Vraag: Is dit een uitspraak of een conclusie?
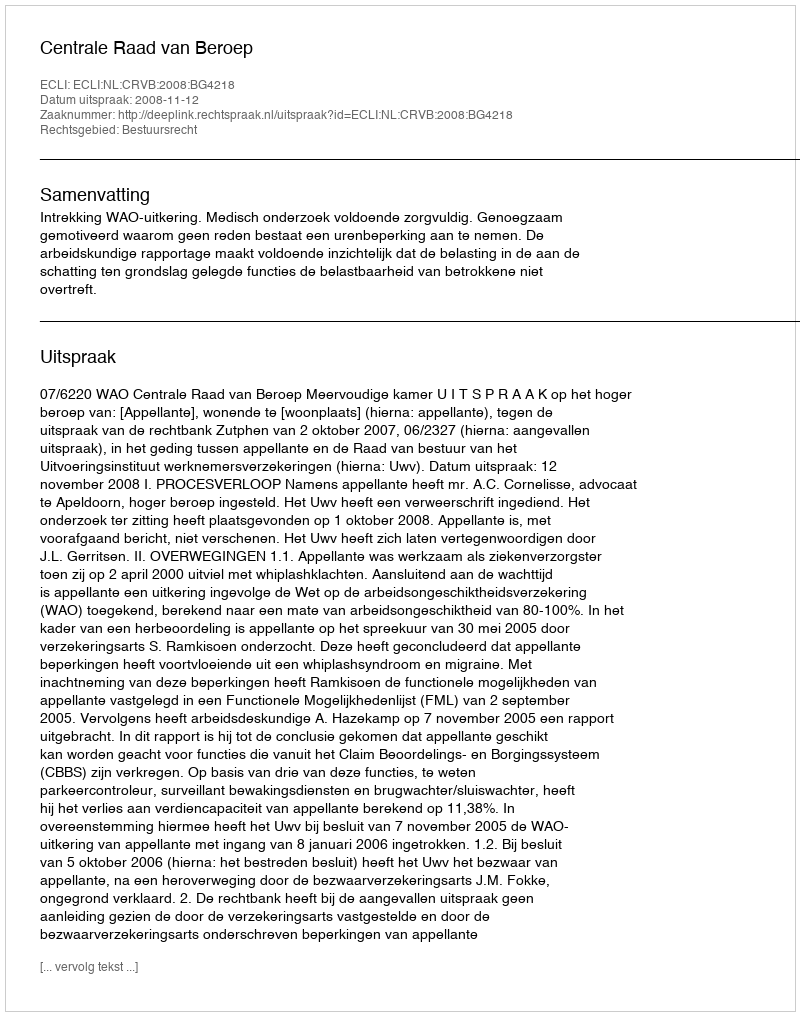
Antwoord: Uitspraak